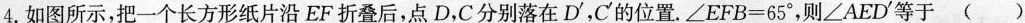
4.如图所示，把一个长方形纸片沿EF折叠后，点D，C分别落在D^{\prime}，C^{\prime}的位置。$$\angle EFB=65^{\circ}$$，则\angle AED^{\prime}等于()